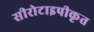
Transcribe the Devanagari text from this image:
सीरोटाइपीकृत